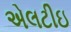
એલટીઇ